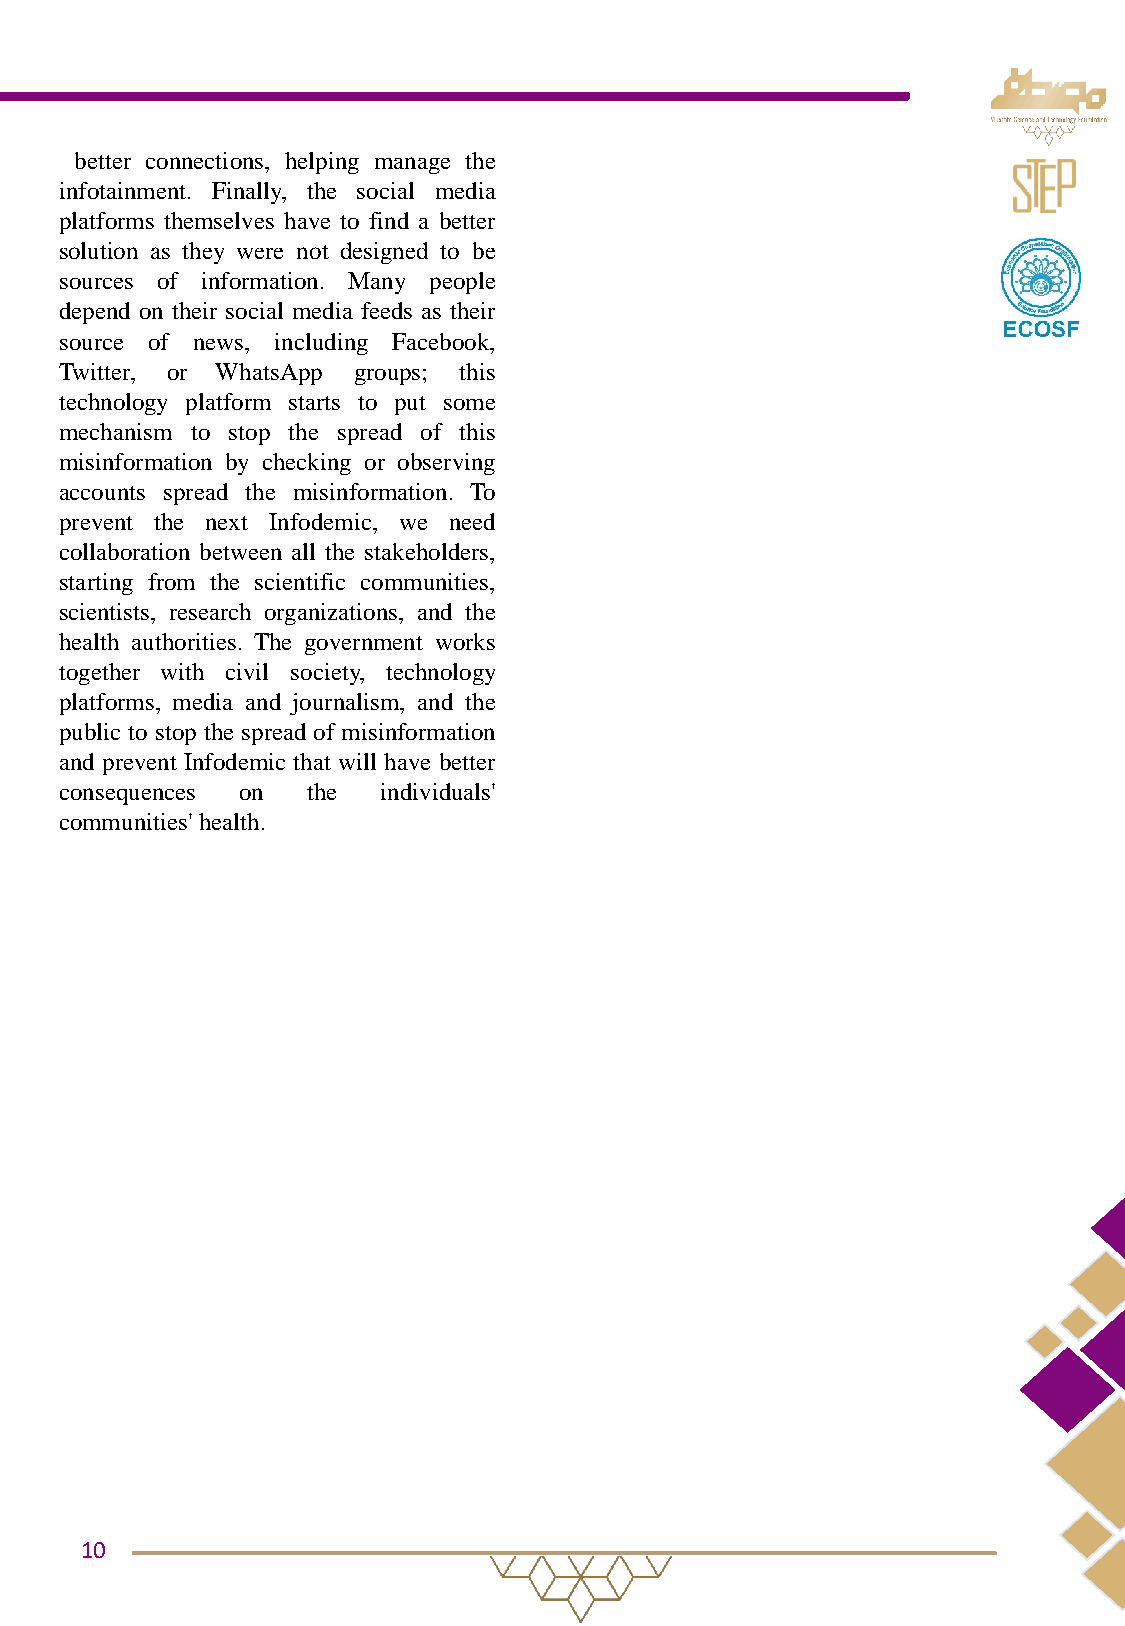
better connections, helping manage the
 infotainment. Finally, the social media
 platforms themselves have to find a better
 solution as they were not designed to be
 sources of information. Many people
 depend on their social media feeds as their
 source of news, including Facebook,
 Twitter, or WhatsApp groups; this
 technology platform starts to put some
 mechanism to stop the spread of this
 misinformation by checking or observing
 accounts spread the misinformation. To
 prevent the next Infodemic, we need
 collaboration between all the stakeholders,
 starting from the scientific communities,
 scientists, research organizations, and the
 health authorities. The government works
 together with civil society, technology
 platforms, media and journalism, and the
 public to stop the spread of misinformation
 and prevent Infodemic that will have better
 consequences on the  individuals'
 communities' health.
 10